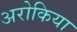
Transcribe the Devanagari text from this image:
अरोकिया